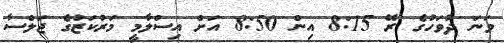
ވަނަ ދުވަހުގެ ރޭ 8:15 އިން 8:50 އަށް އިސްލާމީ މަރުކަޒުގެ ޖަލްސާ